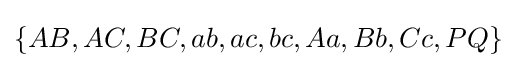
\{AB,AC,BC,ab,ac,bc,Aa,Bb,Cc,PQ\}